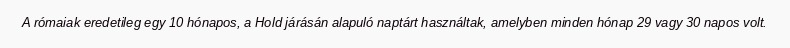
A rómaiak eredetileg egy 10 hónapos, a Hold járásán alapuló naptárt használtak, amelyben minden hónap 29 vagy 30 napos volt.